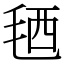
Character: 毢